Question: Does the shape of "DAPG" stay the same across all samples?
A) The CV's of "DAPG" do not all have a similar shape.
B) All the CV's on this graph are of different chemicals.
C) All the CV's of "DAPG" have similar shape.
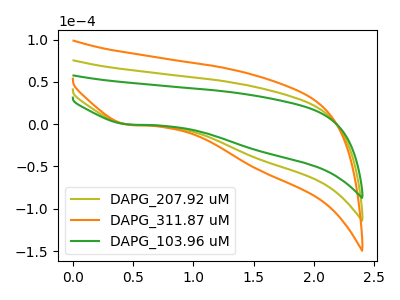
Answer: <think>The olive curve "DAPG_207.92 uM" has a cathodic peak at: (0.45V, -0.35uA). The orange curve "DAPG_311.87 uM" has a cathodic peak at: (0.45V, -0.70uA). The green curve "DAPG_103.96 uM" has a cathodic peak at: (0.45V, -0.25uA).
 All the peaks in "DAPG_207.92 uM" have a peak in "DAPG_311.87 uM" at the same potential. Every peak in "DAPG_207.92 uM" is lower than every peak in "DAPG_311.87 uM". All the peaks in "DAPG_207.92 uM" have a peak in "DAPG_103.96 uM" at the same potential. Every peak in "DAPG_207.92 uM" is higher than every peak in "DAPG_103.96 uM". All the peaks in "DAPG_311.87 uM" have a peak in "DAPG_103.96 uM" at the same potential. Every peak in "DAPG_311.87 uM" is higher than every peak in "DAPG_103.96 uM".</think>
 <answer>C) All the CV's of "DAPG" have similar shape.</answer>
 <eval>C</eval>